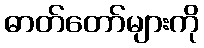
ဓာတ်တော်များကို